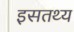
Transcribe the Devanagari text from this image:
इसतथ्य